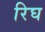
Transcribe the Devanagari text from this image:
रिघ